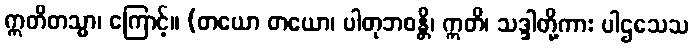
ဣတိတသ္မာ၊ ကြောင့်။ (တယော တယော၊ ပါတုဘဝန္တိ၊ ဣတိ၊ သဒ္ဒါတို့ကား ပါဌသေသ